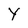
Character: Y